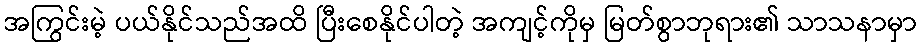
အကြွင်းမဲ့ ပယ်နိုင်သည်အထိ ပြီးစေနိုင်ပါတဲ့ အကျင့်ကိုမှ မြတ်စွာဘုရား၏ သာသနာမှာ